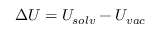
\Delta U = U _ { s o l v } - U _ { v a c }